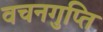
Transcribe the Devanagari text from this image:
वचनगुप्ति